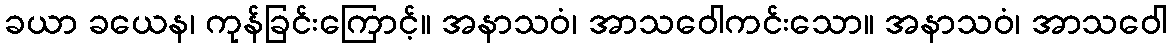
ခယာ ခယေန၊ ကုန်ခြင်းကြောင့်။ အနာသဝံ၊ အာသဝေါကင်းသော။ အနာသဝံ၊ အာသဝေါ